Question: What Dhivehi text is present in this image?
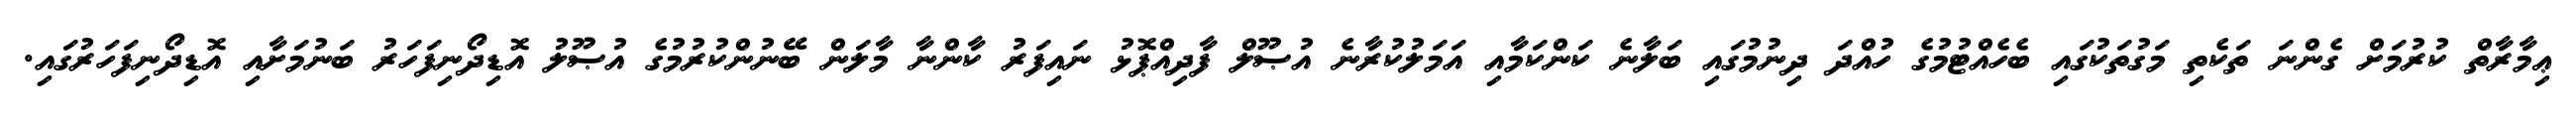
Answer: ޢިމާރާތް ކުރުމަށް ގެންނަ ތަކެތި މަގުތަކުގައި ބެހެއްޓުމުގެ ހުއްދަ ދިނުމުގައި ބަލާނެ ކަންކަމާއި އަމަލުކުރާނެ އުޞޫލް ފާދިއްޕޮޅު ނައިފަރު ކާންނާ މާލަން ބޭނުންކުރުމުގެ އުޞޫލު އޮޑިދޯނިފަހަރު ބަނުމަށާއި އޮޑިދޯނިފަހަރުގައި.